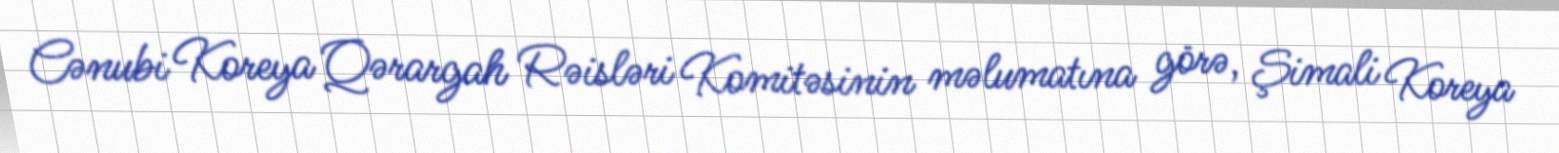
Cənubi Koreya Qərargah Rəisləri Komitəsinin məlumatına görə, Şimali Koreya